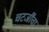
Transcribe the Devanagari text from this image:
चटर्जींचा